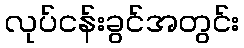
လုပ်ငန်းခွင်အတွင်း